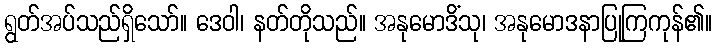
ရွတ်အပ်သည်ရှိသော်။ ဒေဝါ၊ နတ်တိုသည်။ အနုမောဒိံသု၊ အနုမောဒနာပြုကြကုန်၏။